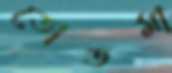
তোতমা